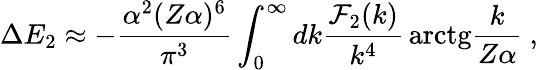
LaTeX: \Delta E_{2}\approx-\frac{\alpha^{2}(Z\alpha)^{6}}{\pi^{3}}\int_{0}^{\infty}dk\frac{{\cal F}_{2}(k)}{k^{4}}\, \mathrm{arctg}\frac{k}{Z\alpha}\ ,